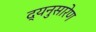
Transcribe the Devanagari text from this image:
द्यनुसारेण